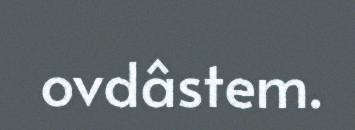
ovdâstem.